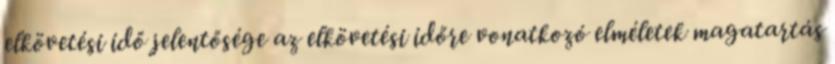
elkövetési idő jelentősége az elkövetési időre vonatkozó elméletek magatartás